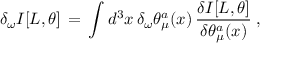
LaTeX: \delta _ { \omega } I [ L , \theta ] \, = \, \int d ^ { 3 } x \, \delta _ { \omega } \theta _ { \mu } ^ { a } ( x ) \, \frac { \delta I [ L , \theta ] } { \delta \theta _ { \mu } ^ { a } ( x ) } \; ,